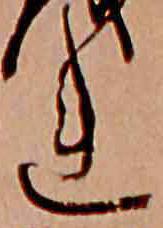
れ